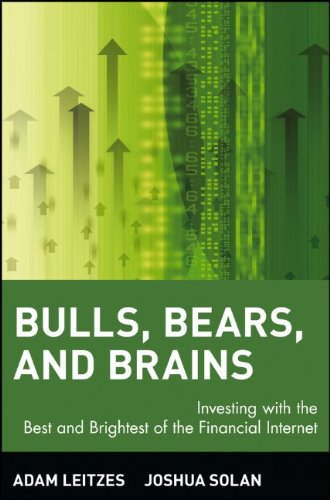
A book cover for Bulls, Bears, and Brains: Investing with the Best and Brightest of the Financial Internet; Adam Leitzes; Business & Money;